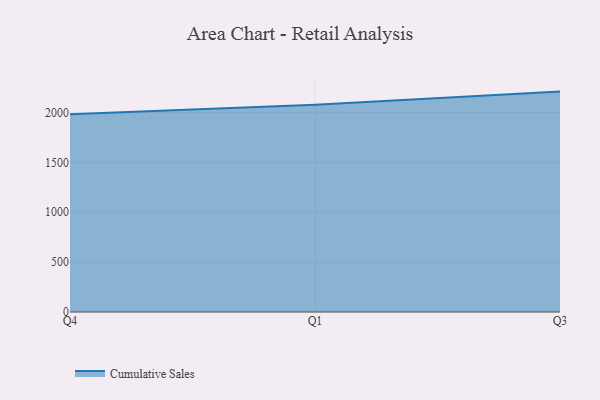
{"axis": {"x": "Quarter", "y": "Website Visitors"}, "legend": ["Cumulative Sales"], "data": [{"x": "Q4", "y": 1981.2, "type": "Cumulative Sales"}, {"x": "Q1", "y": 2076.3, "type": "Cumulative Sales"}, {"x": "Q3", "y": 2208.8, "type": "Cumulative Sales"}]}